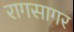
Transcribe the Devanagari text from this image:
रागसागर